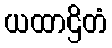
ယထာဌိတံ